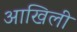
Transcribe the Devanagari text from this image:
आखिली